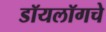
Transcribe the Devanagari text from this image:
डॉयलॉगचे